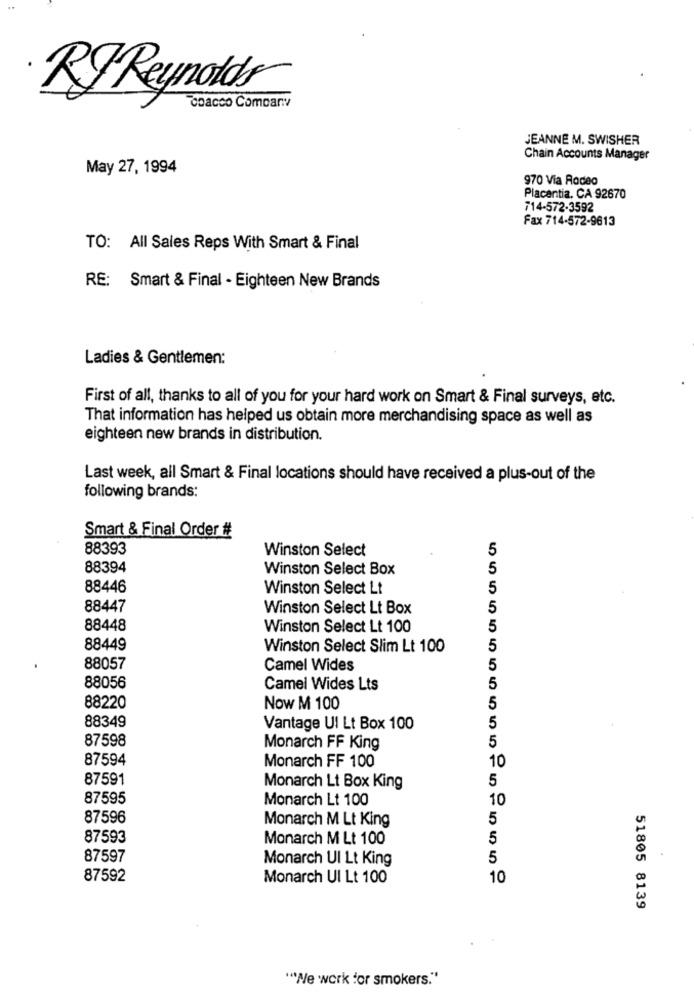
RI Reynolds
coacco Company
JEANNE M. SWISHER
Chain Accounts Manager
May 27, 1994
970 Via Rodeo
Placentia. CA 92670
714-572-3592
Fax 714-572-9613
TO: All Sales Reps With Smart & Final
RE: Smart & Final - Eighteen New Brands
Ladies & Gentlemen:
First of all, thanks to all of you for your hard work on Smart & Final surveys, etc.
That information has helped us obtain more merchandising space as well as
eighteen new brands in distribution.
Last week, all Smart & Final locations should have received a plus-out of the
following brands:
Smart & Final Order #
88393
Winston Select
5
88394
Winston Select Box
5
88446
Winston Select Lt
5
88447
Winston Select Lt Box
5
88448
Winston Select Lt 100
5
88449
Winston Select Slim Lt 100
5
5
88057
Camel Wides
88056
Camel Wides Lts
5
88220
Now M 100
5
5
88349
Vantage Ul Lt Box 100
87598
5
Monarch FF King
87594
10
Monarch FF 100
87591
5
Monarch Lt Box King
87595
Monarch Lt 100
10
87596
Monarch M Lt King
5
87593
Monarch M Lt 100
5
87597
Monarch Ul Lt King
5
87592
Monarch Ul Lt 100
10
51805 8139
"""We work for smokers."